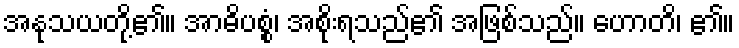
အနုသယတို့၏။ အာဓိပစ္စံ၊ အစိုးရသည်၏ အဖြစ်သည်။ ဟောတိ၊ ၏။